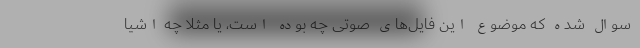
سوال شده که موضوع این فایل‌های صوتی چه بوده است، یا مثلاً چه اشیا